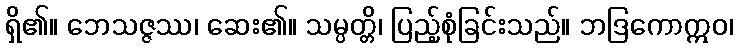
ရှိ၏။ ဘေသဇ္ဇဿ၊ ဆေး၏။ သမ္ပတ္တိ၊ ပြည့်စုံခြင်းသည်။ ဘဒြကောဣဝ၊